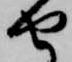
由